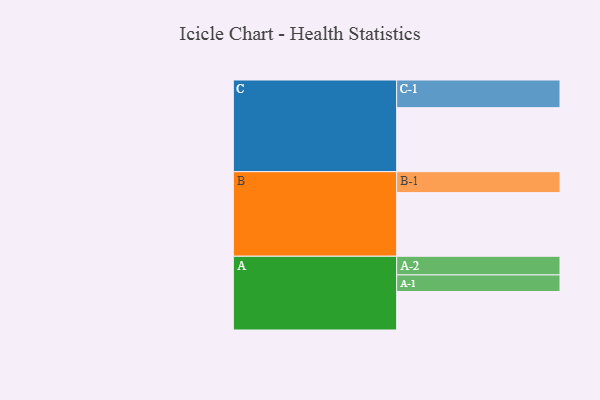
{"axis": {"x": "Segment", "y": "Value"}, "legend": ["", "A", "B", "C"], "data": [{"x": "A", "y": 320, "type": ""}, {"x": "B", "y": 529, "type": ""}, {"x": "C", "y": 532, "type": ""}, {"x": "A-1", "y": 138, "type": "A"}, {"x": "A-2", "y": 155, "type": "A"}, {"x": "B-1", "y": 174, "type": "B"}, {"x": "C-1", "y": 230, "type": "C"}]}